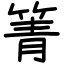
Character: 箐